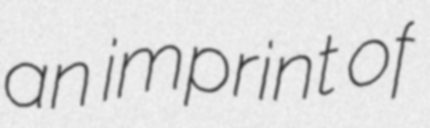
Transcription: an imprint of